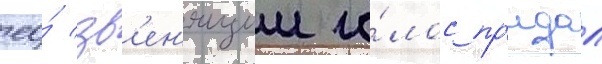
ео́ зв'ен'ящии го́лос пр'идал